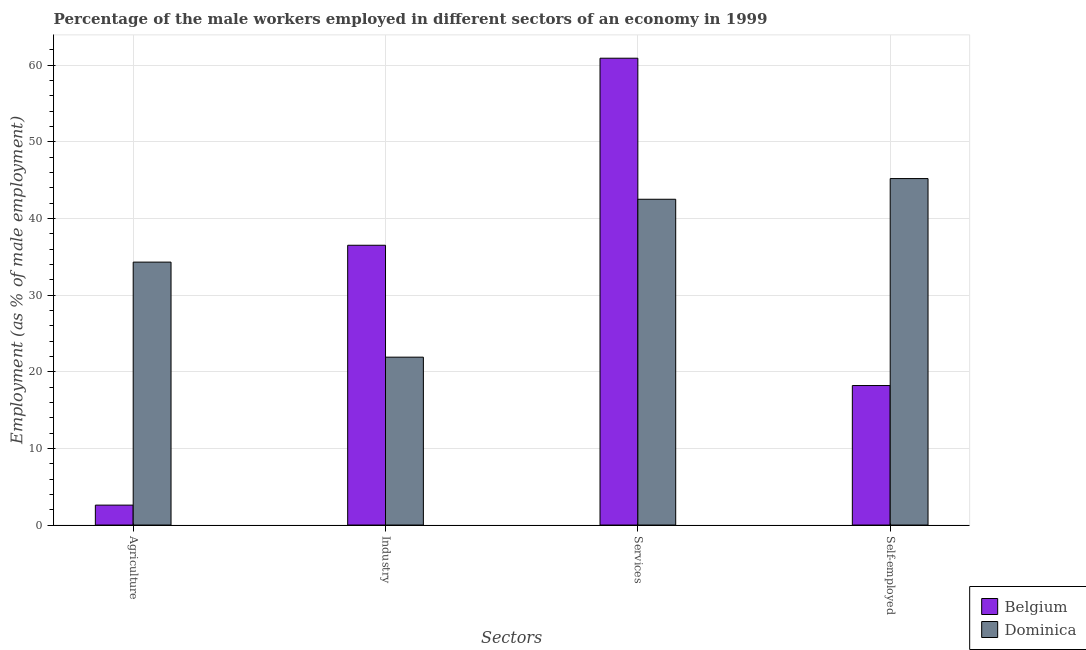
| Sectors | Belgium | Dominica |
 | --- | --- | --- |
 | Agriculture | 2.6 | 34.3 |
 | Industry | 36.5 | 21.9 |
 | Services | 60.9 | 42.5 |
 | Self-employed | 18.2 | 45.2 |